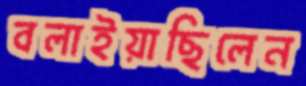
বলাইয়াছিলেন